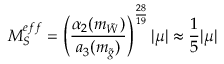
M _ { S } ^ { e f f } = \left( \frac { \alpha _ { 2 } ( m _ { \tilde { W } } ) } { a _ { 3 } ( m _ { \tilde { g } } ) } \right) ^ { \frac { 2 8 } { 1 9 } } | \mu | \approx \frac { 1 } { 5 } | \mu |